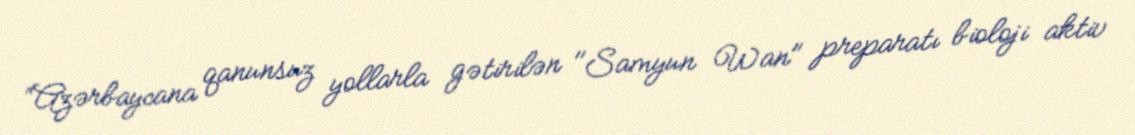
“Azərbaycana qanunsuz yollarla gətirilən "Samyun Wan" preparatı bioloji aktiv